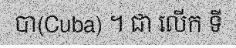
បា(Cuba) ។ ជា លើក ទី